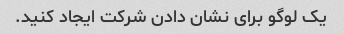
یک لوگو برای نشان دادن شرکت ایجاد کنید.